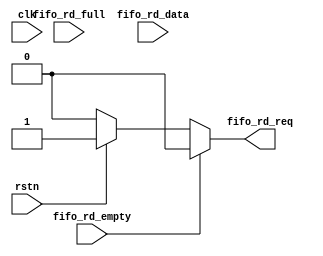
//===============================================
//
//	Version: v1.0
//
// 	This file is used to read for FIFO.
//
//===============================================

module fifo_rd
(
	input							clk,
	input							rstn,

	input							fifo_rd_full,
	input							fifo_rd_empty,
	output 		 				fifo_rd_req,
	input      [ 7:0]	fifo_rd_data
);

// Counter for data
reg [ 7:0]					fifo_rd_cnt;

// Data valid when fifo not empty
assign fifo_rd_req = !fifo_rd_empty ? (rstn ? 1'b1 : 1'b0) : 1'b0;

// Read fifo when fifo not empty
always @(posedge clk or negedge rstn)
begin
	if(!rstn)
		fifo_rd_cnt <= 8'd0;
	else if(fifo_rd_empty == 1)
		fifo_rd_cnt <= fifo_rd_cnt;
	else
		fifo_rd_cnt <= fifo_rd_cnt + 1'b1;
end

//// Counter for data
//reg [ 1:0]					fifo_rd_flow;
//// Read fifo
//always @(posedge clk or negedge rstn)
//begin
//	if(!rstn)
//	begin
//		fifo_rd_req <= 1'b0;
//		fifo_rd_flow <= 2'b0;
//	end
//	else
//	begin
//		case(fifo_rd_flow)
//			2'd0:
//			begin
//				if(fifo_rd_full)
//				begin
//					fifo_rd_req <= 1'b1;
//					fifo_rd_flow <= fifo_rd_flow + 1'b1;
//				end
//				else
//					fifo_rd_flow <= fifo_rd_flow;
//			end
//			2'd1:
//			begin
//				if(fifo_rd_empty)
//				begin
//					fifo_rd_req <= 1'b0;
//					fifo_rd_flow <= 2'b0;
//				end
//				else
//					fifo_rd_req <= 1'b1;
//			end
//		endcase
//	end
//end

endmodule